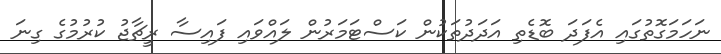
ނަހަމަގޮތުގައި އެފަދަ ބޮޑެތި އަދަދުތަކުން ކަސްޓަމަރުން ލައްވައި ފައިސާ ރީޗާޖު ކުރުމުގެ ގިނަ